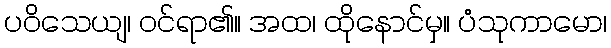
ပဝိသေယျ၊ ဝင်ရာ၏။ အထ၊ ထိုနောင်မှ။ ပံသုကာမော၊